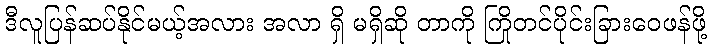
ဒီလူပြန်ဆပ်နိုင်မယ့်အလား အလာ ရှိ မရှိဆို တာကို ကြိုတင်ပိုင်းခြားဝေဖန်ဖို့